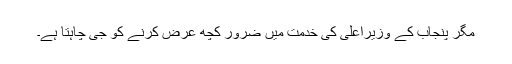
مگر پنجاب کے وزیراعلیٰ کی خدمت میں ضرور کچھ عرض کرنے کو جی چاہتا ہے۔